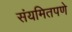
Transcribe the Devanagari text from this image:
संयमितपणे